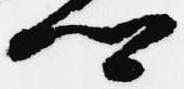
卿